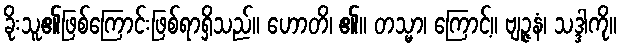
ခိုးသူ၏ဖြစ်ကြောင်းဖြစ်ရာရှိသည်။ ဟောတိ၊ ၏။ တသ္မာ၊ ကြောင့်။ ဗျဉ္ဇနံ၊ သဒ္ဒါကို။